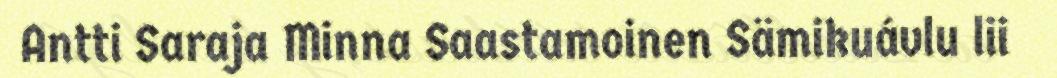
Antti Saraja Minna Saastamoinen Sämikuávlu lii